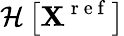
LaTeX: \mathcal{H}\left[\mathbf{X}^{\mathrm{~r~e~f~}}\right]